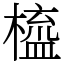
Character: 橀